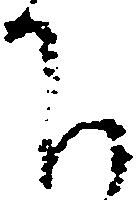
下